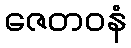
ဇေတဝနံ